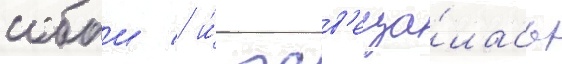
собои / и́ осв'еща́лась